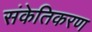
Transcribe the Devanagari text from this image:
संकेतिकरण